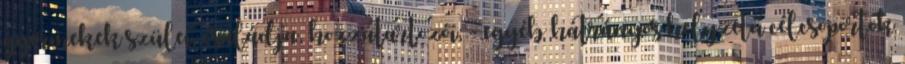
gyermekek szülei, családja, hozzátartozói; - egyéb hátrányos helyzetű célcsoportok